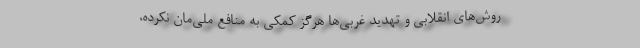
روش‌های انقلابی و تهدید غربی‌ها هرگز کمکی به منافع ملی‌مان نکرده،